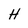
Character: H